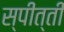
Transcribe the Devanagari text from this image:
स्पीत्ती